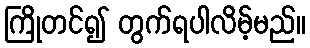
ကြိုတင်၍ တွက်ရပါလိမ့်မည်။